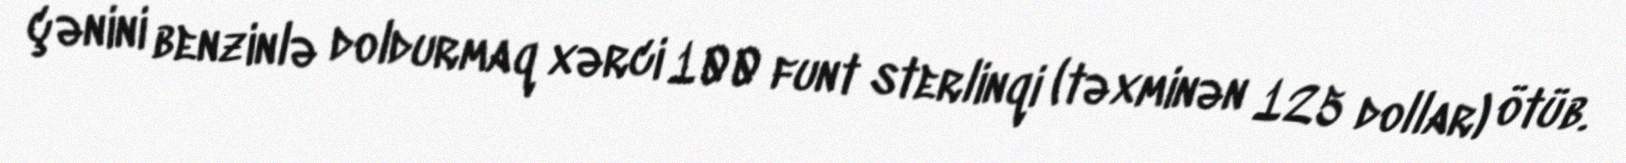
çənini benzinlə doldurmaq xərci 100 funt sterlinqi (təxminən 125 dollar) ötüb.